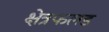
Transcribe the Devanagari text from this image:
क्षेत्रफलड